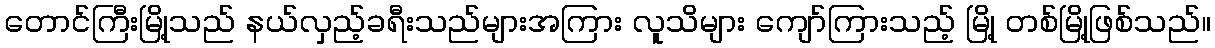
တောင်ကြီးမြို့သည် နယ်လှည့်ခရီးသည်များအကြား လူသိများ ကျော်ကြားသည့် မြို့ တစ်မြို့ဖြစ်သည်။